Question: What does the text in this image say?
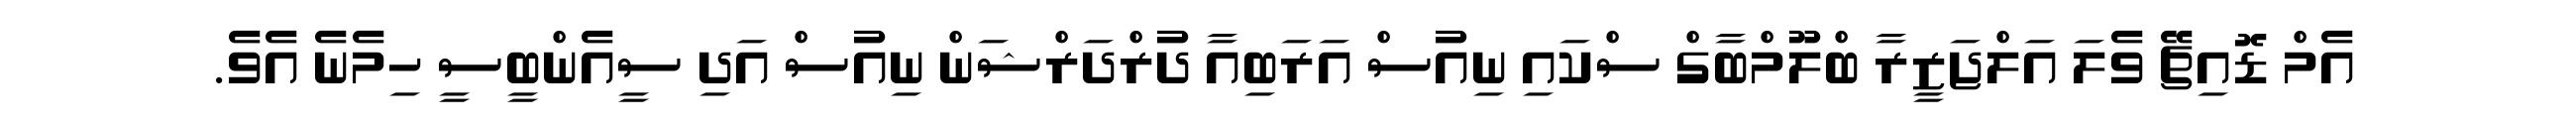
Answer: އެމް ޑޮއިޗޭ ވެލަ އަލްޖަޒީރާ ބްލޫމްބާގް ސްކައި ނިއުސް އަރަބިއާ ދުރްދަރްޝަން ނިއުސް އަދި ސީއެންބީސީ ހިމެނެ އެވެ.